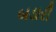
બડારી